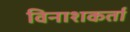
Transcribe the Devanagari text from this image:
विनाशकर्ता